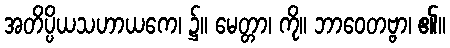
အတိပ္ပိယသဟာယကေ၊ ၌။ မေတ္တာ၊ ကို။ ဘာဝေတဗ္ဗာ၊ ၏။